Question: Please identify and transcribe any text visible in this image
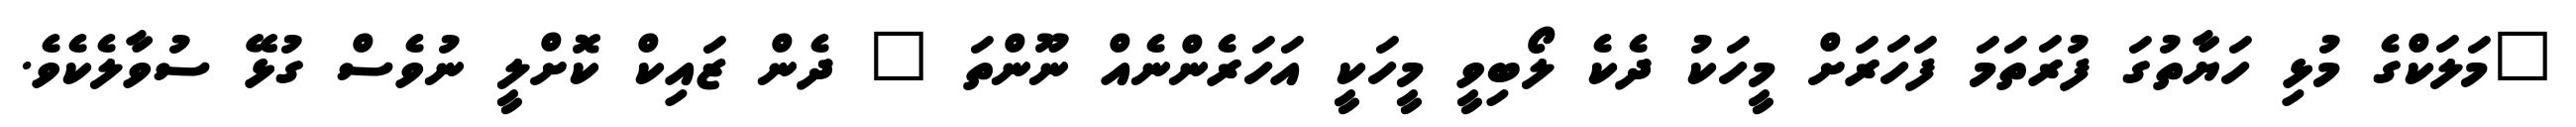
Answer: "މަލަކްގެ މުޅި ހަޔާތުގަ ފުރަތަމަ ފަހަރަށް މީހަކު ދެކެ ލޯބިވީ މީހަކީ އަހަރެންނެއް ނޫންތަ " ދެން ޒައިކް ކޮށްލީ ނުވެސް ގުޅޭ ސުވާލެކެވެ.